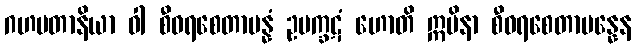
ဂဟပတာနိယာ ဝါ စီဝရစေတာပန္နံ ဥပက္ခဋံ ဟောတိ ဣမိနာ စီဝရစေတာပန္နေန